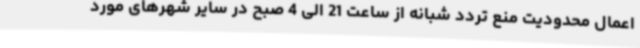
اعمال محدودیت منع تردد شبانه از ساعت 21 الی 4 صبح در سایر شهرهای مورد